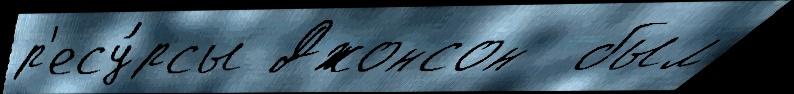
р'есу́рсы Джонсон  был